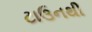
ટાઉનથી